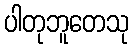
ပါတုဘူတေသု